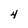
Character: 4